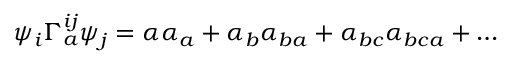
\psi _ { i } \Gamma _ { a } ^ { i j } \psi _ { j } = \alpha \alpha _ { a } + \alpha _ { b } \alpha _ { b a } + \alpha _ { b c } \alpha _ { b c a } + \ldots